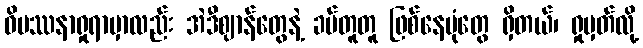
ဝိပဿနာရှုရာမှာလည်း အဲဒီဈာန်တွေနဲ့ ခပ်တူတူ ဖြစ်နေပုံတွေ ရှိတယ်၊ ရှုမှတ်လို့